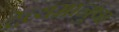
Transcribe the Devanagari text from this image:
देव्यमानुषा